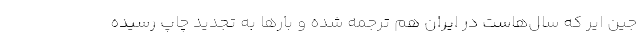
جین ایر که سال‌هاست در ایران هم ترجمه شده و بارها به تجدید چاپ رسیده